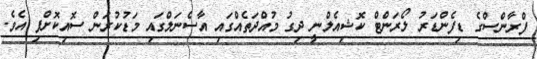
ފްރާންސްގެ ޑިފެންޑަރު ލޯރަންޓް ކޮޝިއެލްނީ ދިގު މުއްދަތެއްގައި އާސެނަލްގައި މަޑުކުރަން ސޮއިކޮށްފި އެވެ.